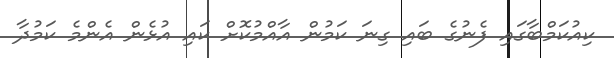
ކިއުކަމްބާގައި ފެނުގެ ބައި ގިނަ ކަމުން އާއްމުކޮށް ކައި އުޅެން އެންމެ ކަމުދާ